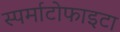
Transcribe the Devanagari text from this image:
स्पर्माटोफाइटा